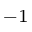
^ { - 1 }